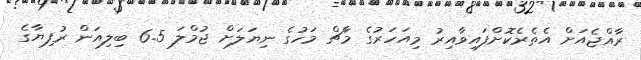
ރާއްޖެއަށް އެތެރެކޮށްފައިވާއިރު މިއަހަރުގެ މާޗް މަހުގެ ނިޔަލަށް ޖުމްލަ 6.5 ބިލިއަން ރުފިޔާގެ